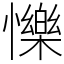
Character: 㦡